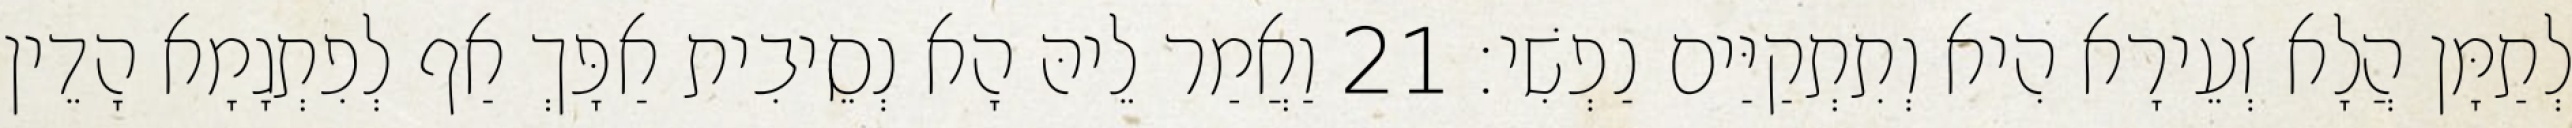
לְתַמָּן הֲלָא זְעֵירָא הִיא וְתִתְקַיַּים נַפְשִׁי׃ 21 וַאֲמַר לֵיהּ הָא נְסֵיבִית אַפָּךְ אַף לְפִתְגָמָא הָדֵין